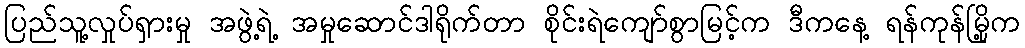
ပြည်သူ့လှုပ်ရှားမှု အဖွဲ့ရဲ့ အမှုဆောင်ဒါရိုက်တာ စိုင်းရဲကျော်စွာမြင့်က ဒီကနေ့ ရန်ကုန်မြို့က